Civil Veterinary Dept. North-West Frontier Province 1933-46 - 1933-1946
Year: 1933
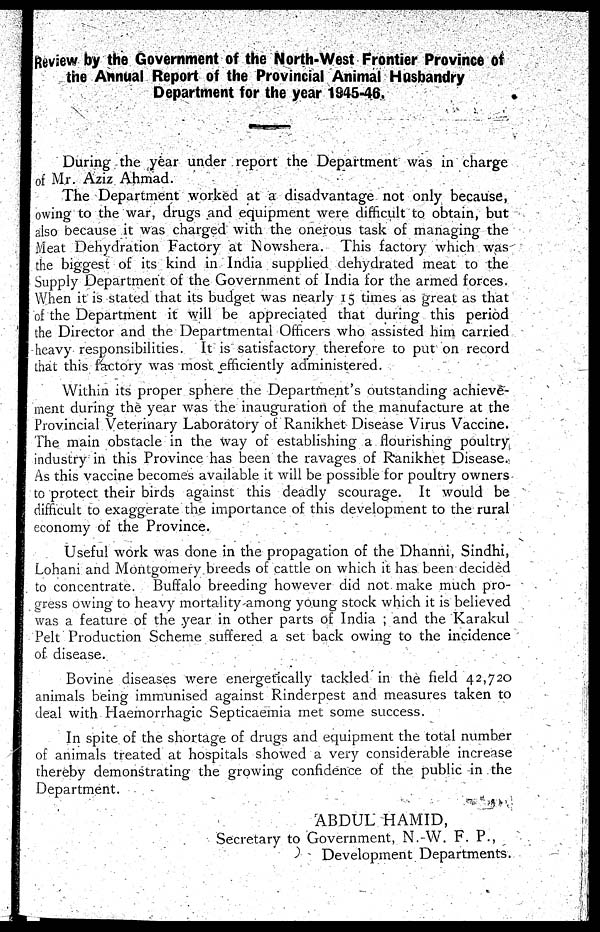
Review by the Government of the North-West Frontier Province of
the Annual Report of the Provincial Animal Husbandry
Department for the year 1945-46.
During the year under report the Department was in charge
of Mr. Aziz Ahmad.
The Department worked at a disadvantage not only because,
owing to the war, drugs and equipment were difficult to obtain, but
also because it was charged with the onerous task of managing the
Meat Dehydration Factory at Nowshera. This factory which was
the biggest of its kind in India supplied dehydrated meat to the
Supply Department of the Government of India for the armed forces.
When it is stated that its budget was nearly 15 times as great as that
of the Department it will be appreciated that during this period
the Director and the Departmental Officers who assisted him carried
heavy responsibilities. It is satisfactory therefore to put on record
that this factory was most efficiently administered.
Within its proper sphere the Department's outstanding achieve-
ment during the year was the inauguration of the manufacture at the
Provincial Veterinary Laboratory of Ranikhet Disease Virus Vaccine.
The main obstacle in the way of establishing a flourishing poultry
industry in this Province has been the ravages of Ranikhet Disease.
As this vaccine becomes available it will be possible for poultry owners
to protect their birds against this deadly scourage. It would be
difficult to exaggerate the importance of this development to the rural
economy of the Province.
Useful work was done in the propagation of the Dhanni, Sindhi,
Lohani and Montgomery breeds of cattle on which it has been decided
to concentrate. Buffalo breeding however did not make much pro-
gress owing to heavy mortality among young stock which it is believed
was a feature of the year in other parts of India; and the Karakul
Pelt Production Scheme suffered a set back owing to the incidence
of disease.
Bovine diseases were energetically tackled in the field 42,720
animals being immunised against Rinderpest and measures taken to
deal with Hæmorrhagic Septicaemia met some success.
In spite of the shortage of drugs and equipment the total number
of animals treated at hospitals showed a very considerable increase
thereby demonstrating the growing confidence of the public in the
Department.
ABDUL HAMID,
Secretary to Government, N. W. F. P.,
Development Departments.